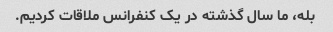
بله، ما سال گذشته در یک کنفرانس ملاقات کردیم.